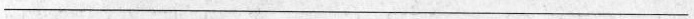
___